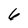
Character: 6